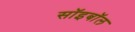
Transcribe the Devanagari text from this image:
सॉइबॉल